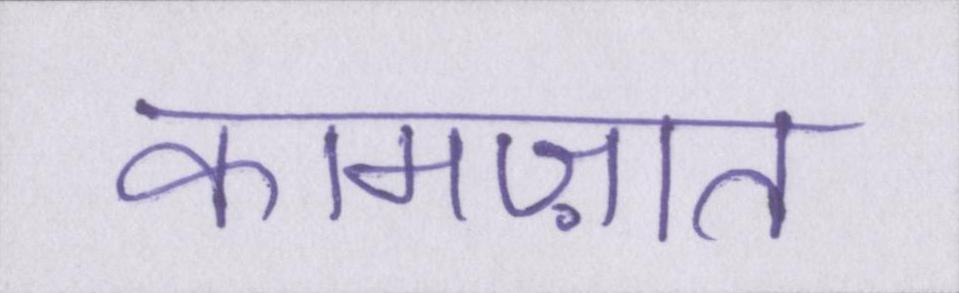
कामज़ात